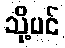
သို့ပင်